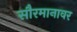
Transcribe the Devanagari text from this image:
सौरमानावर